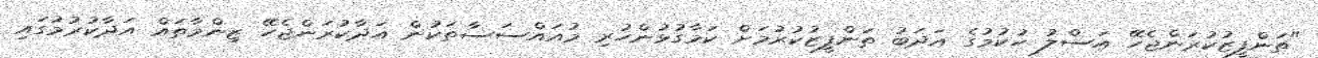
"ތަންފީޒުކުރަންޖެހޭ އަސްލު ހުކުމުގެ އަދަބު ތަންފީޒުކުރުމަށް ކަމާގުޅުންހުރި މުއައްސަސާތަކުން އަދާކުރަންޖެހޭ ޒިންމާތައް އަދާކުރުމުގައި